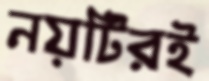
নয়টিরই